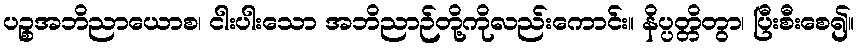
ပဉ္စအဘိညာယောစ၊ ငါးပါးသော အဘိညာဉ်တို့ကိုလည်းကောင်း။ နိပ္ပတ္တိတွာ၊ ပြီးစီးစေ၍။